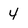
Character: 4